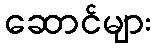
ဆောင်များ